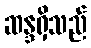
ဆန္ဒရှိသည်